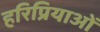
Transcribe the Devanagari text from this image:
हरिप्रियाओं